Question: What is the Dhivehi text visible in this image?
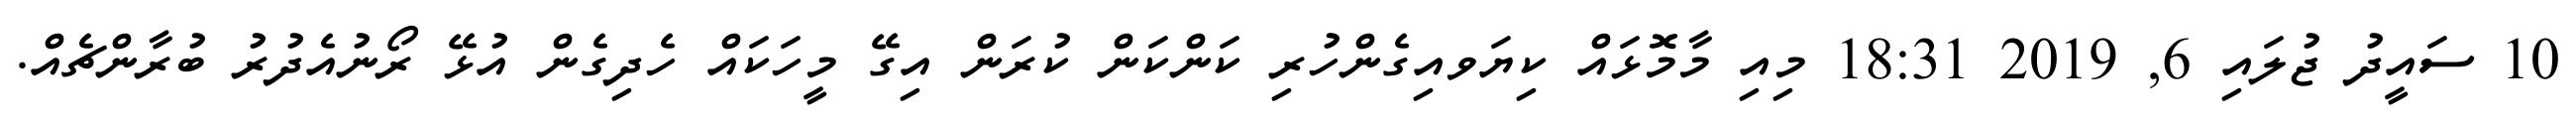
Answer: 10 ސައީދު ޖުލައި 6, 2019 18:31 މިއި މާމޮޅައް ކިޔަވއިގެންހުރި ކަންކަން ކުރަން އިގޭ މީހަކައް ހެދިގެން އުޅޭ ރޯނުއެދުރު ބުރާންޗެއް.